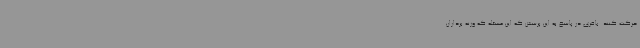
حرکت کنند. باقری در پاسخ به این پرسش که این مسئله که وزنه برداران